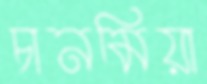
চানমিয়া